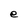
Character: e